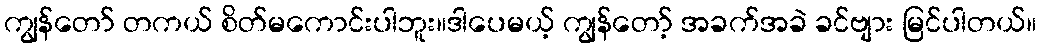
ကျွန်တော် တကယ် စိတ်မကောင်းပါဘူး။ဒါပေမယ့် ကျွန်တော့် အခက်အခဲ ခင်ဗျား မြင်ပါတယ်။